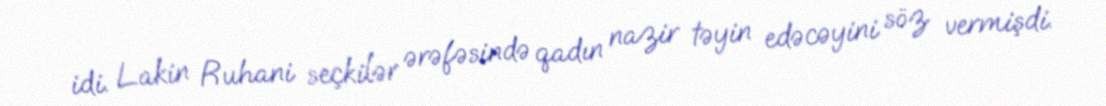
idi. Lakin Ruhani seçkilər ərəfəsində qadın nazir təyin edəcəyini söz vermişdi.